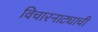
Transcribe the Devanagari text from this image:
विचारनाट्याची